Lunatic asylums Bombay report 1878-1890 - 1878-1890
Year: 1878
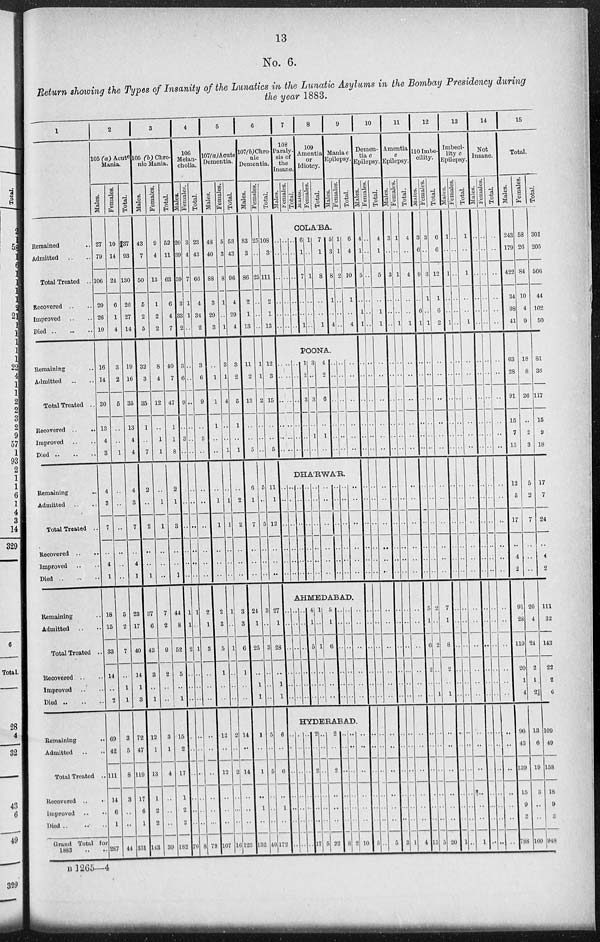
13
No. 6.
Return showing the Types of Insanity of the Lunatics in the Lunatic Asylums in the Bombay Presidency during
the year 1883.
1
Remained ..
Admitted .. ..
Total Treated ..
Recovered .. ..
Improved .. ..
Died .. .. ..
Remaining ..
Admitted .. ..
Total Treated ..
Recovered .. ..
Improved .. ..
Died .. .. ..
Remaining ..
Admitted .. ..
Total Treated ..
Recovered ..
..
Improved .. ..
Died .. .. ..
Remaining ..
Admitted .. ..
Total Treated ..
Recovered .. ..
Improved .. ..
Died .. .. ..
Remaining ..
Admitted .. ..
Total Treated ..
Recovered .. ..
Improved .. ..
Died .. .. ..
Grand Total for
1883 .. ..
2
105 (a) Acute
Mania.
Males.
27
79
106
20
26
10
16
14
30
13
4
3
4
3
7
..
4
1
18
15
33
14
..
2
69
42
111
14
6
1
287
Females.
10
14
24
6
1
4
3
2
5
..
..
1
..
..
..
..
..
..
5
2
7
..
1
1
3
5
8
3
..
..
44
Total.
37
93
130
26
27
14
19
16
35
13
4
4
4
3
7
..
4
1
23
17
40
14
1
3
72
47
119
17
6
1
331
3
105 (b) Chro-
nic Mania.
Males.
43
7
50
5
2
5
32
3
35
1
..
7
2
..
2
..
..
1
37
6
43
3
..
1
12
1
13
1
2
2
143
Females.
9
4
13
1
2
2
8
4
12
..
1
1
..
1
1
..
..
..
7
2
9
2
..
..
3
1
4
..
..
..
39
Total.
52
11
63
6
4
7
40
7
47
1
1
8
2
1
3
..
..
1
44
8
52
5
..
1
15
2
17
1
2
2
182
4
106
Melan-
cholia.
Males.
20
39
59
3
33
2
3
6
9
..
3
..
..
..
..
..
..
..
1
1
2
..
..
..
..
..
..
..
..
..
70
Females.
3
4
7
1
1
..
..
..
..
..
..
..
..
..
..
..
..
..
1
..
1
..
..
..
..
..
..
..
..
..
8
Total.
23
43
66
4
34
2
3
6
9
..
3
..
..
..
..
..
..
..
2
1
3
..
..
..
..
..
..
..
..
..
78
5
107(a)Acute
Dementia.
Males.
48
40
88
3
29
3
..
1
1
1
..
..
..
1
1
..
..
..
2
3
5
1
..
..
12
..
12
..
..
..
107
Females.
5
3
8
1
..
1
3
1
4
..
..
1
..
1
1
..
..
..
1
..
1
..
..
..
2
..
2
..
..
..
16
Total.
53
43
96
4
29
4
3
2
5
1
..
1
..
2
2
..
..
..
3
3
6
1
..
..
14
..
14
..
..
..
123
6
107(b) Chro-
nic
Dementia.
Males.
83
3
86
2
1
13
11
2
13
..
..
5
6
1
7
..
..
..
24
1
25
..
1
1
1
..
1
..
1
..
132
Females.
25
..
25
..
..
..
1
1
2
..
..
..
5
..
5
..
..
..
3
..
3
..
..
..
5
..
5
..
..
..
40
Total.
108
3
111
2
1
13
12
3
15
..
..
5
11
1
12
..
..
..
27
1
28
..
1
1
6
..
6
..
1
..
172
7
108
Paraly-
sis of
the
Insane.
Males.
Females.
Total.
8
109
Amentia
or
Idiotcy.
Males.
Females.
Total.
9
Mania c
Epilepsy.
Males.
Females.
Total.
COLA'BA.
..
..
..
..
..
..
..
..
..
..
..
..
..
..
..
..
..
..
6
1
7
..
..
1
1
..
1
..
..
..
7
1
8
..
..
1
5
3
8
1
..
4
1
1
2
..
..
..
6
4
10
1
..
4
POONA.
..
..
..
..
..
..
..
..
..
..
..
..
..
..
..
..
..
..
1
2
3
..
..
..
3
..
3
..
1
..
4
2
6
..
1
..
..
..
..
..
..
..
..
..
..
..
..
..
..
..
..
..
..
..
DHA'RWA'R.
..
..
..
..
..
..
..
..
..
..
..
..
..
..
..
..
..
..
..
..
..
..
..
..
..
..
..
..
..
..
..
..
..
..
..
..
..
..
..
..
..
..
..
..
..
..
..
..
..
..
..
..
..
..
AHMEDABAD.
..
..
..
..
..
..
..
..
..
..
..
..
..
..
..
..
..
..
4
1
5
..
..
..
1
..
1
..
..
..
5
1
6
..
..
..
..
..
..
..
..
..
..
..
..
..
..
..
..
..
..
..
..
..
HYDERABAD.
..
..
..
..
..
..
..
..
..
..
..
..
..
..
..
..
..
..
..
..
..
..
..
2
..
..
..
17
..
..
..
..
..
..
5
..
..
2
..
..
..
22
..
..
..
..
..
..
8
..
..
..
..
..
..
2
..
..
..
..
..
..
10
10
Demen-
tia c
Epilepsy.
Males.
4
1
5
..
1
1
..
..
..
..
..
..
..
..
..
..
..
..
..
..
..
..
..
..
..
..
..
..
..
..
5
Females.
..
..
..
..
..
..
..
..
..
..
..
..
..
..
..
..
..
..
..
..
..
..
..
..
..
..
..
..
..
..
..
Total.
4
1
5
..
1
1
..
..
..
..
..
..
..
..
..
..
..
..
..
..
..
..
..
..
..
..
..
..
..
..
5
11
Amentia
c
Epilepsy.
Males.
3
..
3
..
..
..
..
..
..
..
..
..
..
..
..
..
..
..
..
..
..
..
..
..
..
..
..
..
..
..
3
Females.
1
..
1
..
..
1
..
..
..
..
..
..
..
..
..
..
..
..
..
..
..
..
..
..
..
..
..
..
..
..
1
Total.
4
..
4
..
..
1
..
..
..
..
..
..
..
..
..
..
..
..
..
..
..
..
..
..
..
..
..
..
..
..
4
12
110 Imbe-
cility.
Males.
3
6
9
..
6
1
..
..
..
..
..
..
..
..
..
..
..
..
5
1
6
2
..
..
..
..
..
..
..
..
15
Females.
3
..
3
1
..
1
..
..
..
..
..
..
..
..
..
..
..
..
2
..
2
..
..
1
..
..
..
..
..
..
5
Total.
6
6
12
1
6
2
..
..
..
..
..
..
..
..
..
..
..
..
7
1
8
2
..
1
..
..
..
..
..
..
20
13
Imbeci-
lity c
Epilepsy.
Males.
1
..
1
..
..
1
..
..
..
..
..
..
..
..
..
..
..
..
..
..
..
..
..
..
..
..
..
..
..
..
1
Females.
..
..
..
..
..
..
..
..
..
..
..
..
..
..
..
..
..
..
..
..
..
..
..
..
..
..
..
..
..
..
..
Total.
1
..
1
..
..
1
..
..
..
..
..
..
..
..
..
..
..
..
..
..
..
..
..
..
..
..
..
..
..
..
1
14
Not
Insane.
Males.
..
..
..
..
..
..
..
..
..
..
..
..
..
..
..
..
..
..
..
..
..
..
..
..
..
..
..
..
..
..
..
Females.
..
..
..
..
..
..
..
..
..
..
..
..
..
..
..
..
..
..
..
..
..
..
..
..
..
..
..
..
..
..
..
Total.
..
..
..
..
..
..
..
..
..
..
..
..
..
..
..
..
..
..
..
..
..
..
..
..
..
..
..
..
..
..
15
Total.
Males.
243
179
422
34
98
41
63
28
91
15
7
15
12
5
17
..
4
2
91
28
119
20
1
4
96
43
139
15
9
2
788
Females.
58
26
84
10
4
9
18
8
26
..
2
3
5
2
7
..
..
..
20
4
24
2
1
2
13
6
19
3
..
..
160
Total.
301
205
506
44
102
50
81
36
117
15
9
18
17
7
24
..
4
2
111
32
143
22
2
6
109
49
158
18
9
2
948
B 1265—4